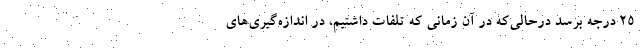
۲۵ درجه برسد درحالی‌که در آن زمانی که تلفات داشتیم، در اندازه‌گیری‌های